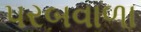
પરબવાળા